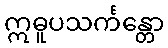
ဣဓူပသင်္ကန္တော